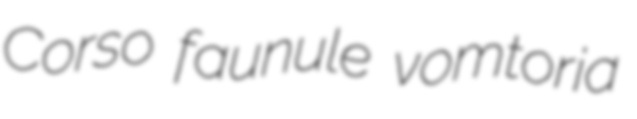
Corso faunule vomtoria